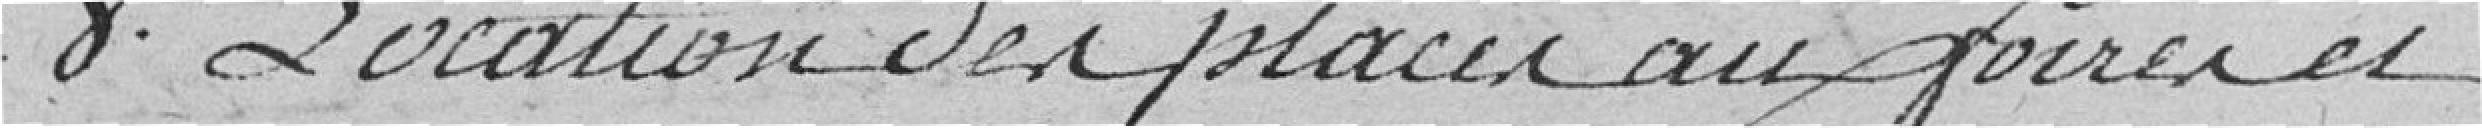
8. Location des places aux foires et